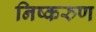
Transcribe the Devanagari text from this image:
निष्करुण